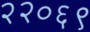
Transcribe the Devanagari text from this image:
२२०६९